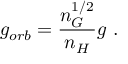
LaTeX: g _ { o r b } = \frac { n _ { G } ^ { 1 / 2 } } { n _ { H } } g \ .